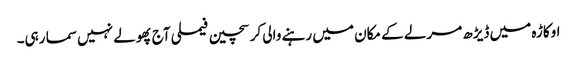
اوکاڑہ میں ڈیڑھ مرلے کے مکان میں رہنے والی کرسچین فیملی آج پھولے نہیں سما رہی۔